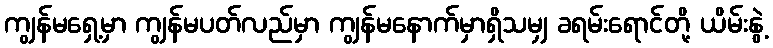
ကျွန်မရှေ့မှာ ကျွန်မပတ်လည်မှာ ကျွန်မနောက်မှာရှိသမျှ ခရမ်းရောင်တို့ ယိမ်းနွဲ့